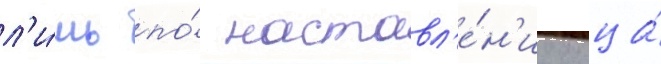
л'и́шь по́ наставл'е́н'иу отца́